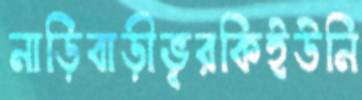
নাড়িবাড়ীভূরকিইউনি